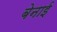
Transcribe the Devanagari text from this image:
बेनाई